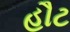
હૌટ